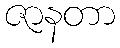
ဇာနတာ